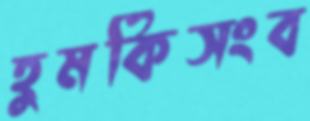
হুমকিসংব